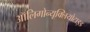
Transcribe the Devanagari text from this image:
ऑलिगोन्यूक्लियोटाइड